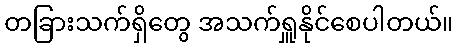
တခြားသက်ရှိတွေ အသက်ရှူနိုင်စေပါတယ်။